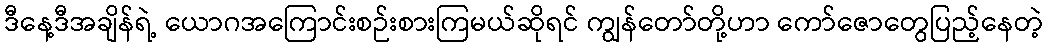
ဒီနေ့ဒီအချိန်ရဲ့ ယောဂအကြောင်းစဉ်းစားကြမယ်ဆိုရင် ကျွန်တော်တို့ဟာ ကော်ဇောတွေပြည့်နေတဲ့